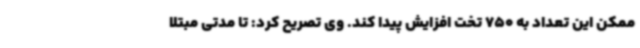
ممکن این تعداد به 750 تخت افزایش پیدا کند. وی تصریح کرد: تا مدتی مبتلا